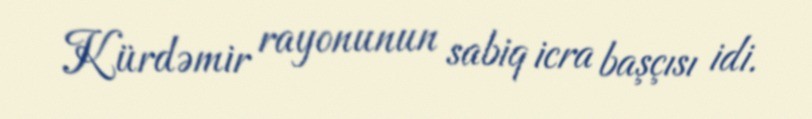
Kürdəmir rayonunun sabiq icra başçısı idi.